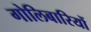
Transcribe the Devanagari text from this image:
गोलिबारियों